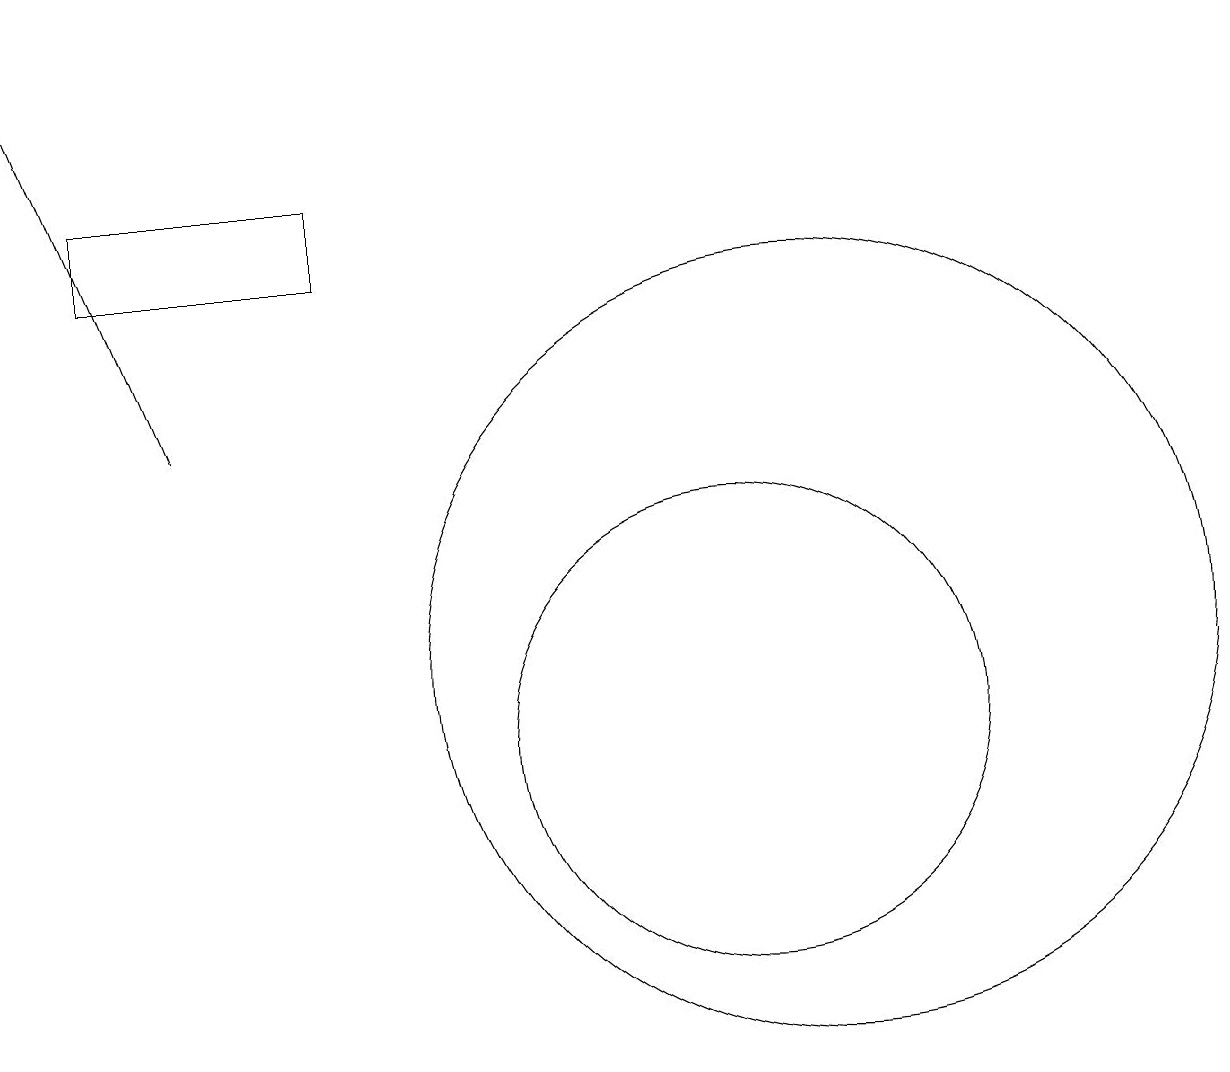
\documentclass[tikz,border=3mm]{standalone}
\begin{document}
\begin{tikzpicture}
\draw (12,11) circle (5);
\draw[->] (4,14) -- (2,19);
\draw (6,16) rectangle (3,17);
\draw (11,10) circle (3);
\draw (12,10) circle (0);
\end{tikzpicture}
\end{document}